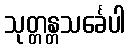
သုတ္တန္တသင်္ခေပါ